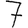
Digit: 7